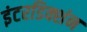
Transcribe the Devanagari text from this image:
इंटरडिक्शंन